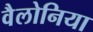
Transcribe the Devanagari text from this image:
वैलोनिया